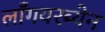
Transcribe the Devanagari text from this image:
लाँगयरब्येन